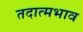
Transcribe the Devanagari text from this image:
तदात्मभाव